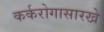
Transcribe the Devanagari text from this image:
कर्करोगासारखे